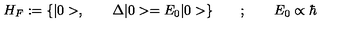
H _ { F } : = { \{ | 0 > , \qquad \Delta | 0 > = E _ { 0 } | 0 > } \} \qquad ; \qquad E _ { 0 } \propto \hbar